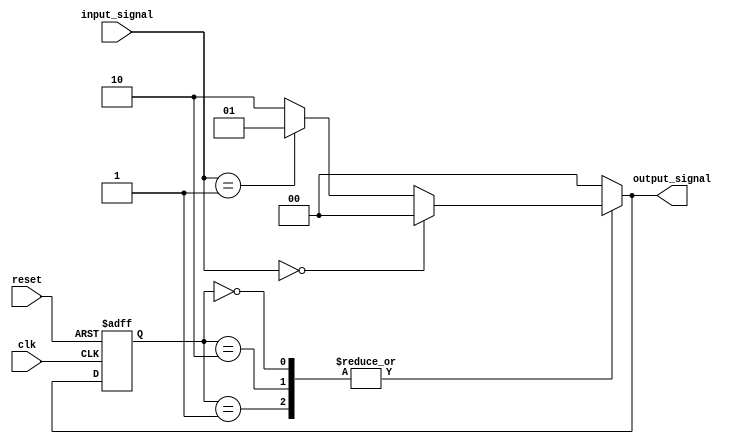
module multi_bit_mealy_fsm (
    input wire clk,              // Clock signal
    input wire reset,            // Reset signal (active high)
    input wire [1:0] input_signal, // Multi-bit input
    output reg [1:0] output_signal // Multi-bit output
);

// Define states using local parameters
localparam STATE_A = 2'b00;
localparam STATE_B = 2'b01;
localparam STATE_C = 2'b10;

// State Register
reg [1:0] current_state, next_state;

// State Transition Logic
always @(*) begin
    case (current_state)
        STATE_A: begin
            if (input_signal == 2'b00) begin
                next_state = STATE_A;
                output_signal = 2'b00; // Output for STATE_A
            end else if (input_signal == 2'b01) begin
                next_state = STATE_B;
                output_signal = 2'b01; // Output for STATE_B
            end else begin // input_signal == 2'b10
                next_state = STATE_C;
                output_signal = 2'b10; // Output for STATE_C
            end
        end
        
        STATE_B: begin
            if (input_signal == 2'b00) begin
                next_state = STATE_A;
                output_signal = 2'b00; // Output for STATE_A
            end else if (input_signal == 2'b01) begin
                next_state = STATE_B;
                output_signal = 2'b01; // Output for STATE_B
            end else begin // input_signal == 2'b10
                next_state = STATE_C;
                output_signal = 2'b10; // Output for STATE_C
            end
        end
        
        STATE_C: begin
            if (input_signal == 2'b00) begin
                next_state = STATE_A;
                output_signal = 2'b00; // Output for STATE_A
            end else if (input_signal == 2'b01) begin
                next_state = STATE_B;
                output_signal = 2'b01; // Output for STATE_B
            end else begin // input_signal == 2'b10
                next_state = STATE_C;
                output_signal = 2'b10; // Output for STATE_C
            end
        end
        
        default: begin
            next_state = STATE_A; // Default state
            output_signal = 2'b00; // Default output
        end
    endcase
end

// State Register Update
always @(posedge clk or posedge reset) begin
    if (reset) begin
        current_state <= STATE_A; // Reset to initial state
    end else begin
        current_state <= next_state; // Update state
    end
end

endmodule